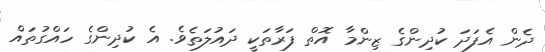
ދެން އެފަދަ ކުދިންގެ ޒިންމާ އޮތް ފަރާތަކީ ދައުލަތެވެ. އެ ކުދިންގެ ހައްގުތައް